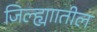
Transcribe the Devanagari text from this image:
जिल्ह्याातील